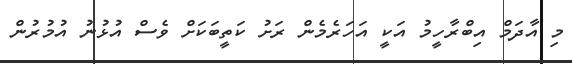
މި އާދަމް އިބްރާހީމު އަކީ އަހަރެމެން ރަށު ކަތީބަކަށް ވެސް އުޅުނު އުމުރުން